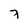
Character: 7